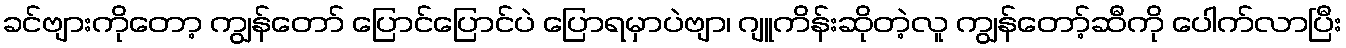
ခင်ဗျားကိုတော့ ကျွန်တော် ပြောင်ပြောင်ပဲ ပြောရမှာပဲဗျာ၊ ဂျူကိန်းဆိုတဲ့လူ ကျွန်တော့်ဆီကို ပေါက်လာပြီး